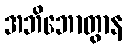
အဘိဘောတွာန